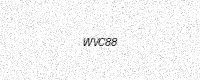
Text: WVC88